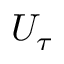
U _ { \tau }